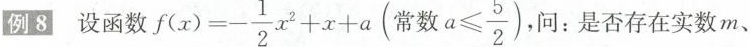
例8 函数 $$f ( x ) = - \frac { 1 } { 2 } x ^ { 2 } + x +a$$ ( $$常数a \leq \frac { 5 } { 2 }$$ )， 问：是否存在实数 m、